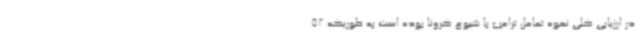
در ارزیابی کلی نحوه تعامل ترامپ با شیوع کرونا بوده است به طوریکه 52